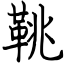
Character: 鞉